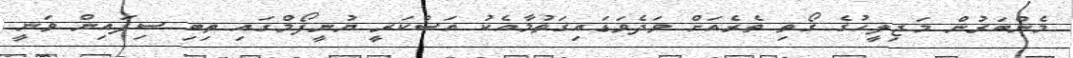
މެންބަރުން މަޖިލީހުގެ ގޯތި ތެރެއަށް ވަދެވަޑައިގަތުމާއެކު އަސްކަރީ ޔުނީފޯމްގައި ތިބި ސިފައިން ވަނީ